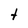
Character: t